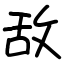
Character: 敌